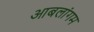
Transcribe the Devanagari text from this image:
आबलांगम